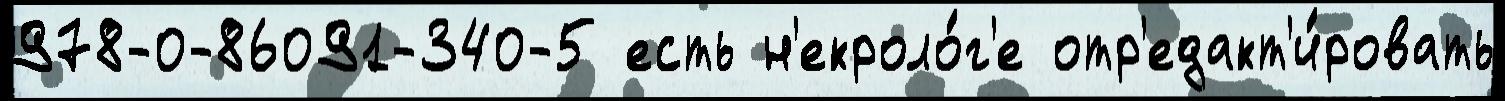
978-0-86091-340-5 есть н'екроло́г'е отр'едакт'и́ровать